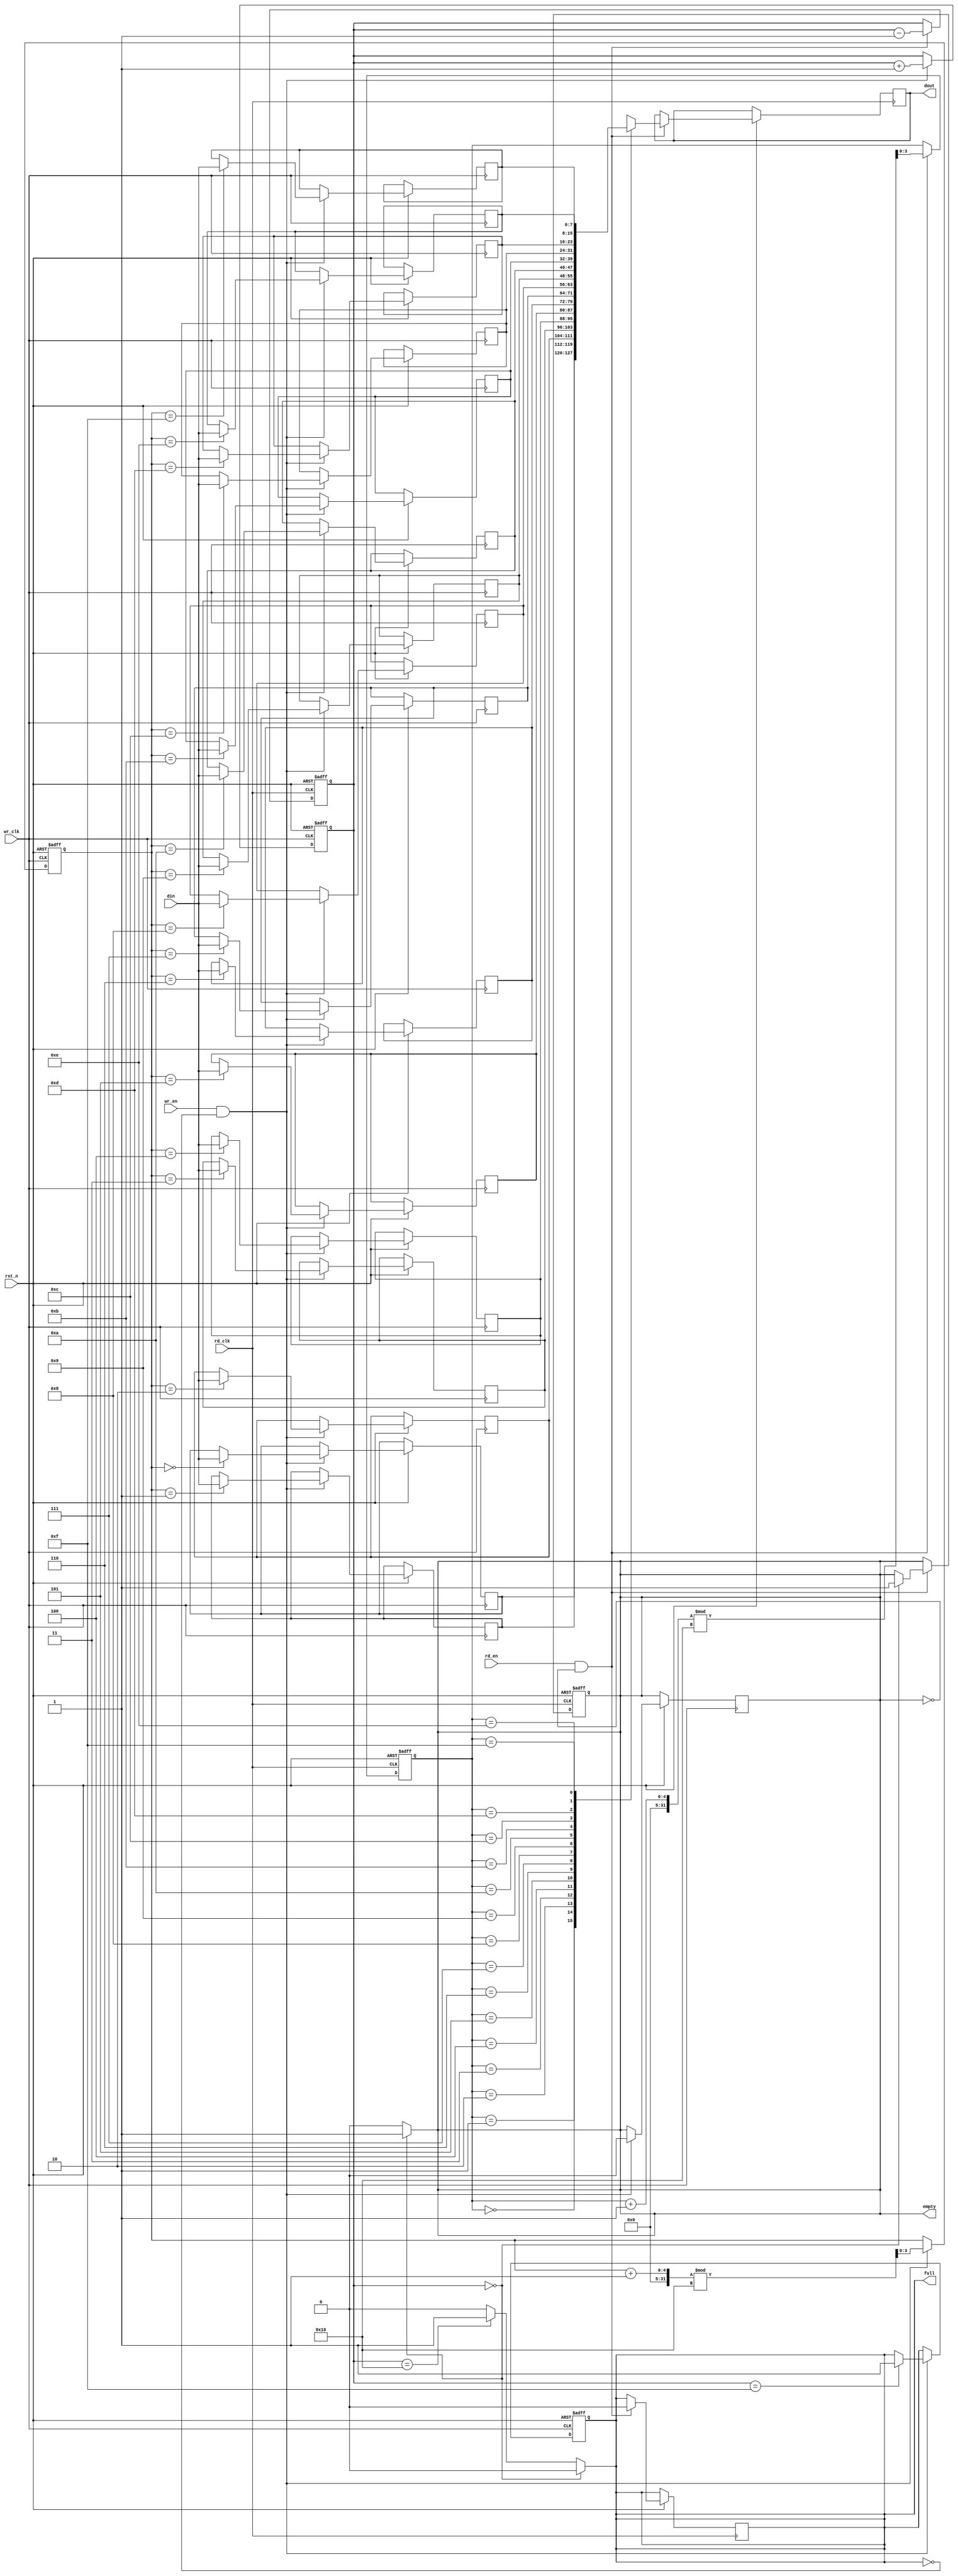
module async_fifo #(
    parameter DATA_WIDTH = 8,  // Width of the data
    parameter DEPTH = 16,       // Depth of the FIFO (should be a power of 2)
    parameter ADDR_WIDTH = $clog2(DEPTH) // Address width based on depth
)(
    input  wire                     wr_clk,        // Write clock
    input  wire                     rd_clk,        // Read clock
    input  wire                     rst_n,         // Asynchronous reset (active low)
    input  wire [DATA_WIDTH-1:0]   din,           // Data input
    input  wire                     wr_en,         // Write enable
    input  wire                     rd_en,         // Read enable
    output reg [DATA_WIDTH-1:0]    dout,          // Data output
    output reg                     full,          // FIFO full flag
    output reg                     empty          // FIFO empty flag
);

    // Memory array declaration for dual-port RAM
    reg [DATA_WIDTH-1:0] mem [0:DEPTH-1];
    
    // Write and read pointers
    reg [ADDR_WIDTH-1:0] wr_ptr;
    reg [ADDR_WIDTH-1:0] rd_ptr;
    reg [ADDR_WIDTH:0]    count; // To keep track of the number of elements in FIFO

    // Asynchronous reset and write operations
    always @(posedge wr_clk or negedge rst_n) begin
        if (!rst_n) begin
            wr_ptr <= 0;
            count <= 0;
            full <= 1'b0;
        end else if (wr_en && !full) begin
            mem[wr_ptr] <= din;                // Store data in memory
            wr_ptr <= (wr_ptr + 1) % DEPTH;   // Increment write pointer with wrap-around
            count <= count + 1;                // Increment count
            if (count == (DEPTH - 1))          // Check if FIFO is full
                full <= 1'b1;
            empty <= 1'b0;                     // FIFO can't be empty if we wrote
        end
    end

    // Asynchronous reset and read operations
    always @(posedge rd_clk or negedge rst_n) begin
        if (!rst_n) begin
            rd_ptr <= 0;
            count <= 0;
            empty <= 1'b1;
        end else if (rd_en && !empty) begin
            dout <= mem[rd_ptr];              // Read data from memory
            rd_ptr <= (rd_ptr + 1) % DEPTH;   // Increment read pointer with wrap-around
            count <= count - 1;                // Decrement count
            if (count == 0)                    // Check if FIFO is empty
                empty <= 1'b1;
            full <= 1'b0;                      // FIFO can't be full if we read
        end
    end

    // Update empty/full flags based on count
    always @(*) begin
        if (count == 0) begin
            empty = 1'b1;
            full = 1'b0;
        end else if (count == DEPTH) begin
            full = 1'b1;
            empty = 1'b0;
        end else begin
            empty = 1'b0;
            full = 1'b0;
        end
    end

endmodule